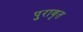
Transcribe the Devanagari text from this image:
पुरावृत